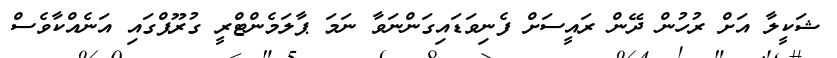
ޝަކީލާ އަށް ރުހުން ދޭން ރައީސަށް ފެނިވަޑައިގަންނަވާ ނަމަ ޕާލަމެންޓްރީ ގުރޫޕްގައި އަނެއްކާވެސް